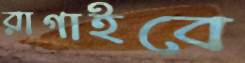
রাগাইবে